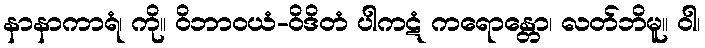
နာနာကာရံ၊ ကို။ ဝိဘာဝယံ-ဝိဒိတံ ပါကဋံ ကရောန္တော၊ လတ်ဘိမူ။ ဝါ၊